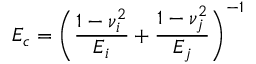
E _ { c } = \Bigg ( \frac { 1 - \nu _ { i } ^ { 2 } } { E _ { i } } + \frac { 1 - \nu _ { j } ^ { 2 } } { E _ { j } } \Bigg ) ^ { - 1 }